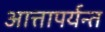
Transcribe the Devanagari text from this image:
आत्तापर्यन्त